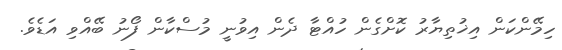
ހިމޭންކަން އިޚުތިޔާރު ކޮށްގެން ހުއްޓާ ދެން އިވުނީ މުސްކާން ފޯނު ބޭއްވި އަޑެވެ.